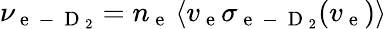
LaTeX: \nu_{\mathrm{~e~}\mathrm{~-~}\mathrm{~D~}_{2}}=n_{\mathrm{~e~}}\left\langle v_{\mathrm{~e~}}\sigma_{\mathrm{~e~}\mathrm{~-~}\mathrm{~D~}_{2}}(v_{\mathrm{~e~}})\right\rangle